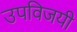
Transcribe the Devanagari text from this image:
उपविजयी